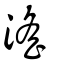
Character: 滛